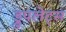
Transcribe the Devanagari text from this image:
ड्रुपलेट्स